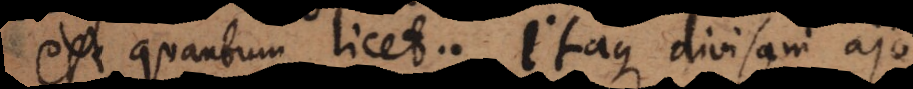
est quantum licet. Itaque divisam ajo